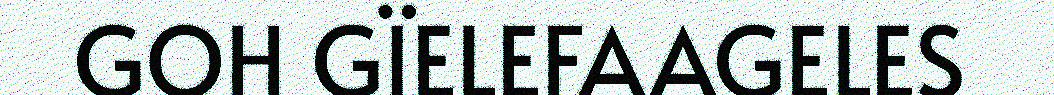
GOH GÏELEFAAGELES